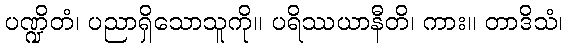
ပဏ္ဍိတံ၊ ပညာရှိသောသူကို။ ပရိဿယာနီတိ၊ ကား။ တာဒိသံ၊